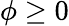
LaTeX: \phi\geq 0